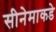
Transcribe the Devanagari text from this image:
सीनेमाकडे